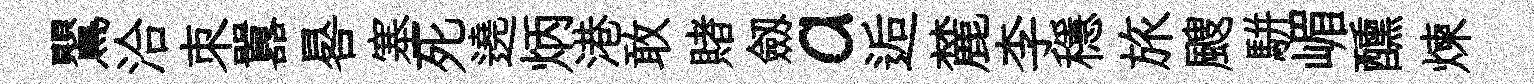
鸎洽朿囂晷塞死遶炳港敢賭劔a逅麓李穩旅颼駢嵋醺煉